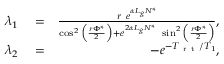
\begin{array} { r l r } { \lambda _ { 1 } } & { { } = } & { \frac { r \ e ^ { \alpha L _ { g } N ^ { * } } } { \cos ^ { 2 } \Big ( \frac { r \Phi ^ { * } } { 2 } \Big ) + e ^ { 2 \alpha L _ { g } N ^ { * } } \ \sin ^ { 2 } \Big ( \frac { r \Phi ^ { * } } { 2 } \Big ) } , } \\ { \lambda _ { 2 } } & { { } = } & { - e ^ { - T _ { \mathrm { ~ r ~ t ~ } } / T _ { 1 } } , } \end{array}